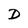
Character: D